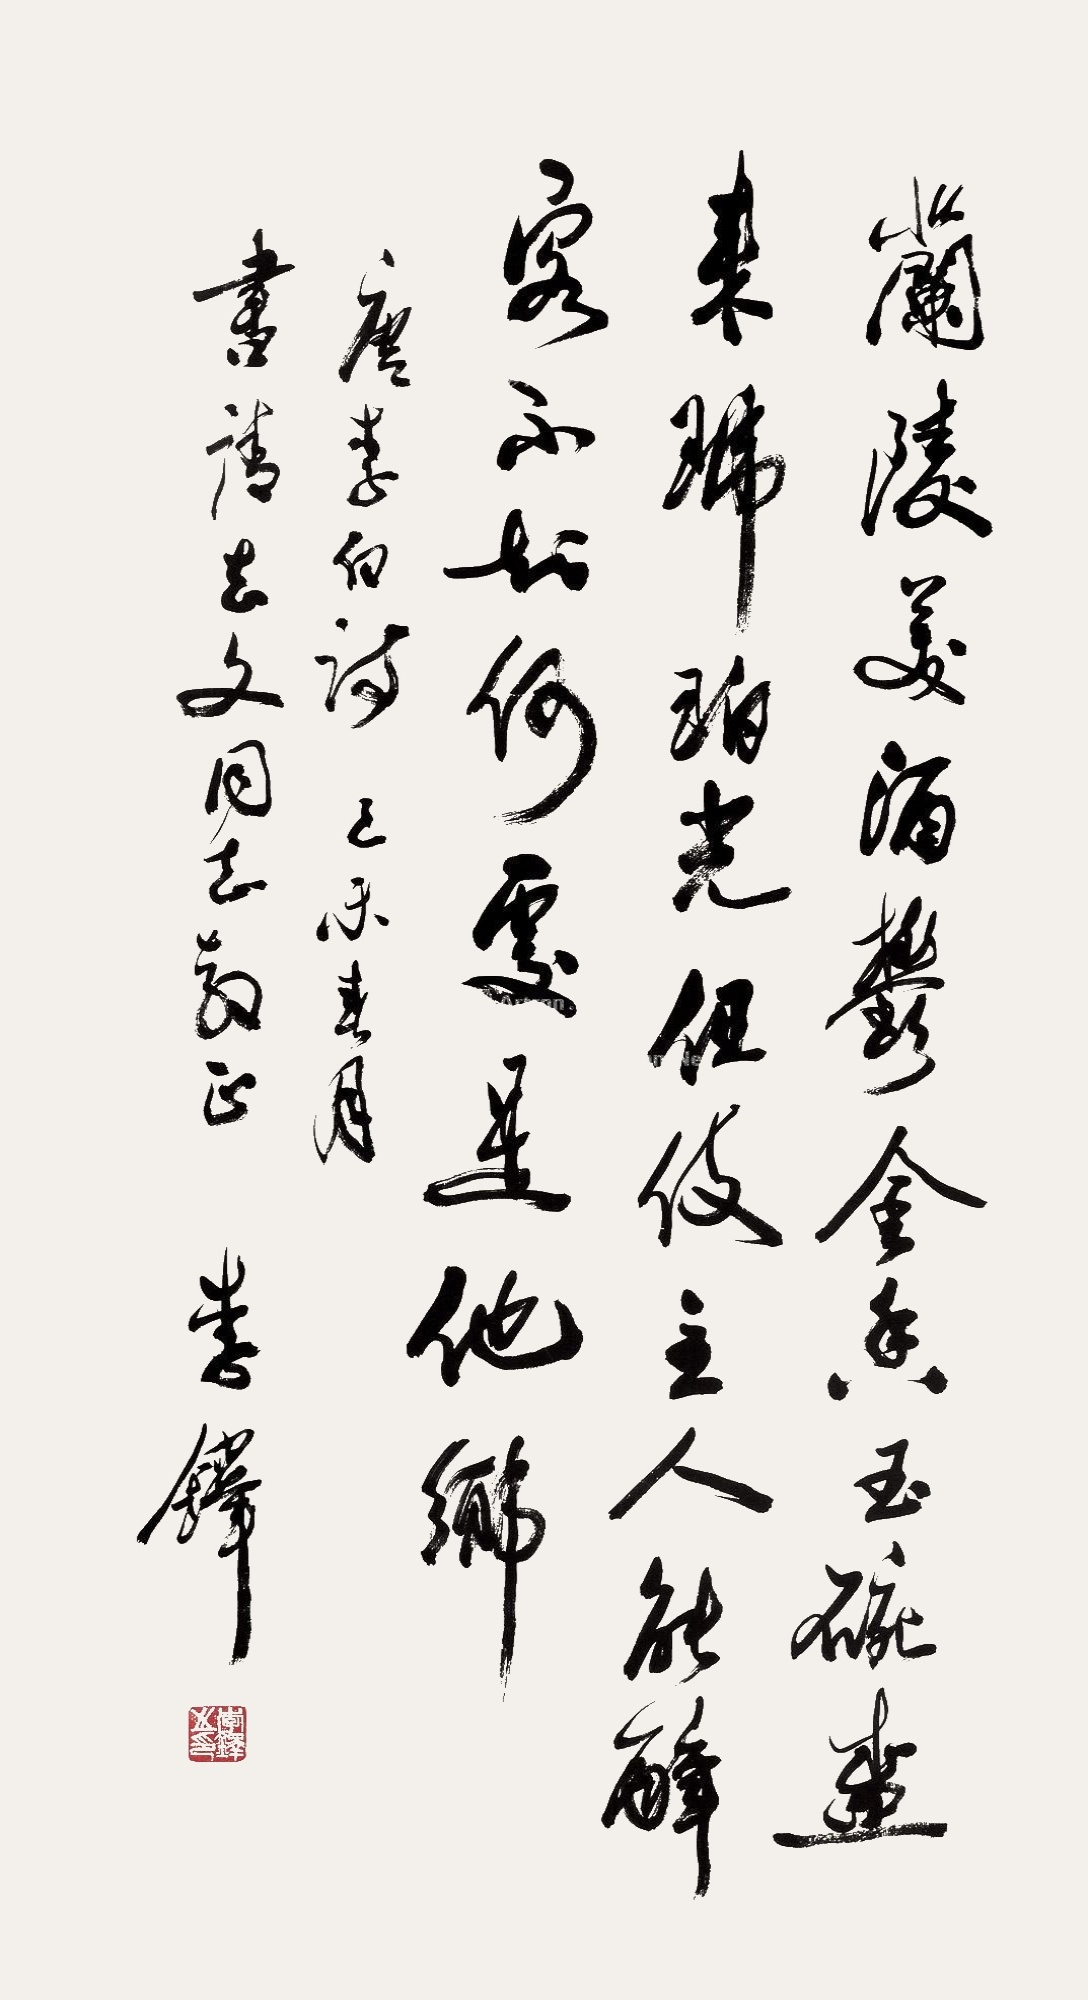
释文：兰陵美酒郁金香，玉碗盛来琥珀光。但使主人能醉客，不知何处是他乡。唐李白诗。己未春月，书请志文同志教正，李铎。